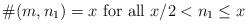
LaTeX: \begin{align*} \# (m,n_1)= x \hbox{ for all } x/2<n_1\le x\end{align*}